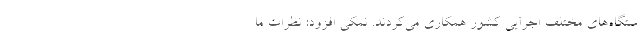
ستگاه‌های مختلف اجرایی کشور همکاری می‌کردند. نمکی افزود: نظرات ما